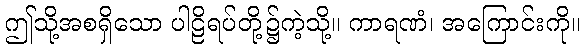
ဤသို့အစရှိသော ပါဠိရပ်တို့၌ကဲ့သို့။ ကာရဏံ၊ အကြောင်းကို။